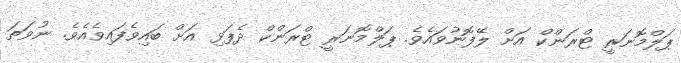
ޕަލްމޮނަރީ ޓްރަންކް އަށް ލޭފޮނުވައެވެ. ޕަލްމޮނަރީ ޓްރަންކް ދެފަޅި އަށް ބައިވެފައިވެއެވެ. ނުވަތަ